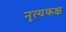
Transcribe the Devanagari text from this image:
नृत्यकक्ष